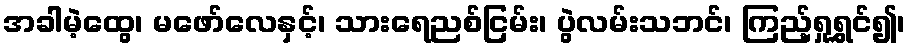
အခါမဲ့ထွေ၊ မဖော်လေနှင့်၊ သားရေညစ်ငြမ်း၊ ပွဲလမ်းသဘင်၊ ကြည့်ရှုရွှင်၍၊